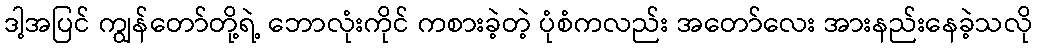
ဒါ့အပြင် ကျွန်တော်တို့ရဲ့ ဘောလုံးကိုင် ကစားခဲ့တဲ့ ပုံစံကလည်း အတော်လေး အားနည်းနေခဲ့သလို